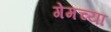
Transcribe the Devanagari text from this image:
गेमच्या